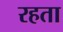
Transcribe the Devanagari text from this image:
रहता